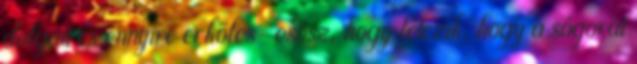
dolgait és ennyire erkőlcs-csősz, hogy létezik, hogy a sógorát